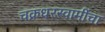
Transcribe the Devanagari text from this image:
चक्रधरस्वामींचा